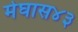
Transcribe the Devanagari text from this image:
मेघास४३